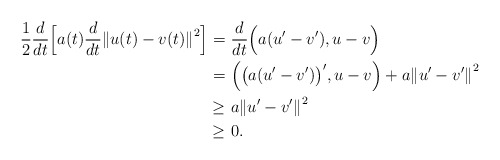
\begin{align*}\frac{1}{2}\frac{d}{dt}\Big[ a(t)\frac{d}{dt}{\Vert u(t) - v(t)\Vert}^2 \Big] = & \ \frac{d}{dt}\Big( a(u^{\prime} -v^{\prime}),u-v \Big) \\ = & \ \Big( {\big( a(u^{\prime} -v^{\prime}) \big)}^{\prime}, u-v \Big) + a{\Vert u^{\prime} -v^{\prime} \Vert}^2 \\ \ge & \ a{\Vert u^{\prime} - v^{\prime} \Vert}^2 \\\ge & \ 0.\end{align*}